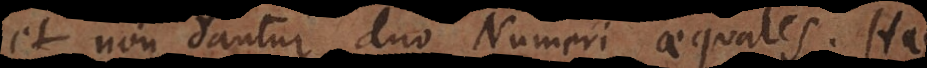
et non dantur duo Numeri aequales. Hac